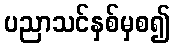
ပညာသင်နှစ်မှစ၍